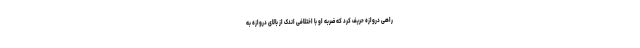
راهی دروازه حریف کرد که ضربه او با اختلافی اندک از بالای دروازه به